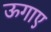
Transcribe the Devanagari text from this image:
ऊगाए